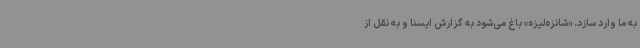
به ما وارد سازد. «شانزه‌لیزه» باغ می‌شود به گزارش ایسنا و به نقل از